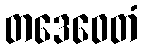
တဒေဝေတံ